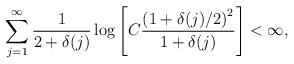
LaTeX: \begin{align*}\sum_{j=1}^\infty \frac{1}{2+\delta(j)}\log\left[ C \frac{\left(1+\delta(j)/2\right)^2}{1+\delta(j)} \right] < \infty,\end{align*}